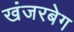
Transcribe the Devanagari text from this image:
खंजरबेग